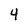
Character: 4